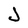
Character: J